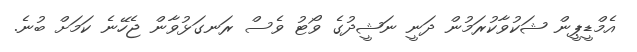
އެމްޑީޕީން ޝަކުވާކުރަމުން ދަނީ ނަޝީދުގެ ވޯޓު ވެސް ރަނގަޅުވާން ޖެހޭނެ ކަމަށް ބުނެ.